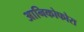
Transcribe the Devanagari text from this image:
आनिकोफोरा